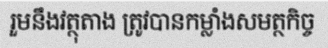
រួមនឹងវត្ថុតាង ត្រូវបានកម្លាំងសមត្ថកិច្ច